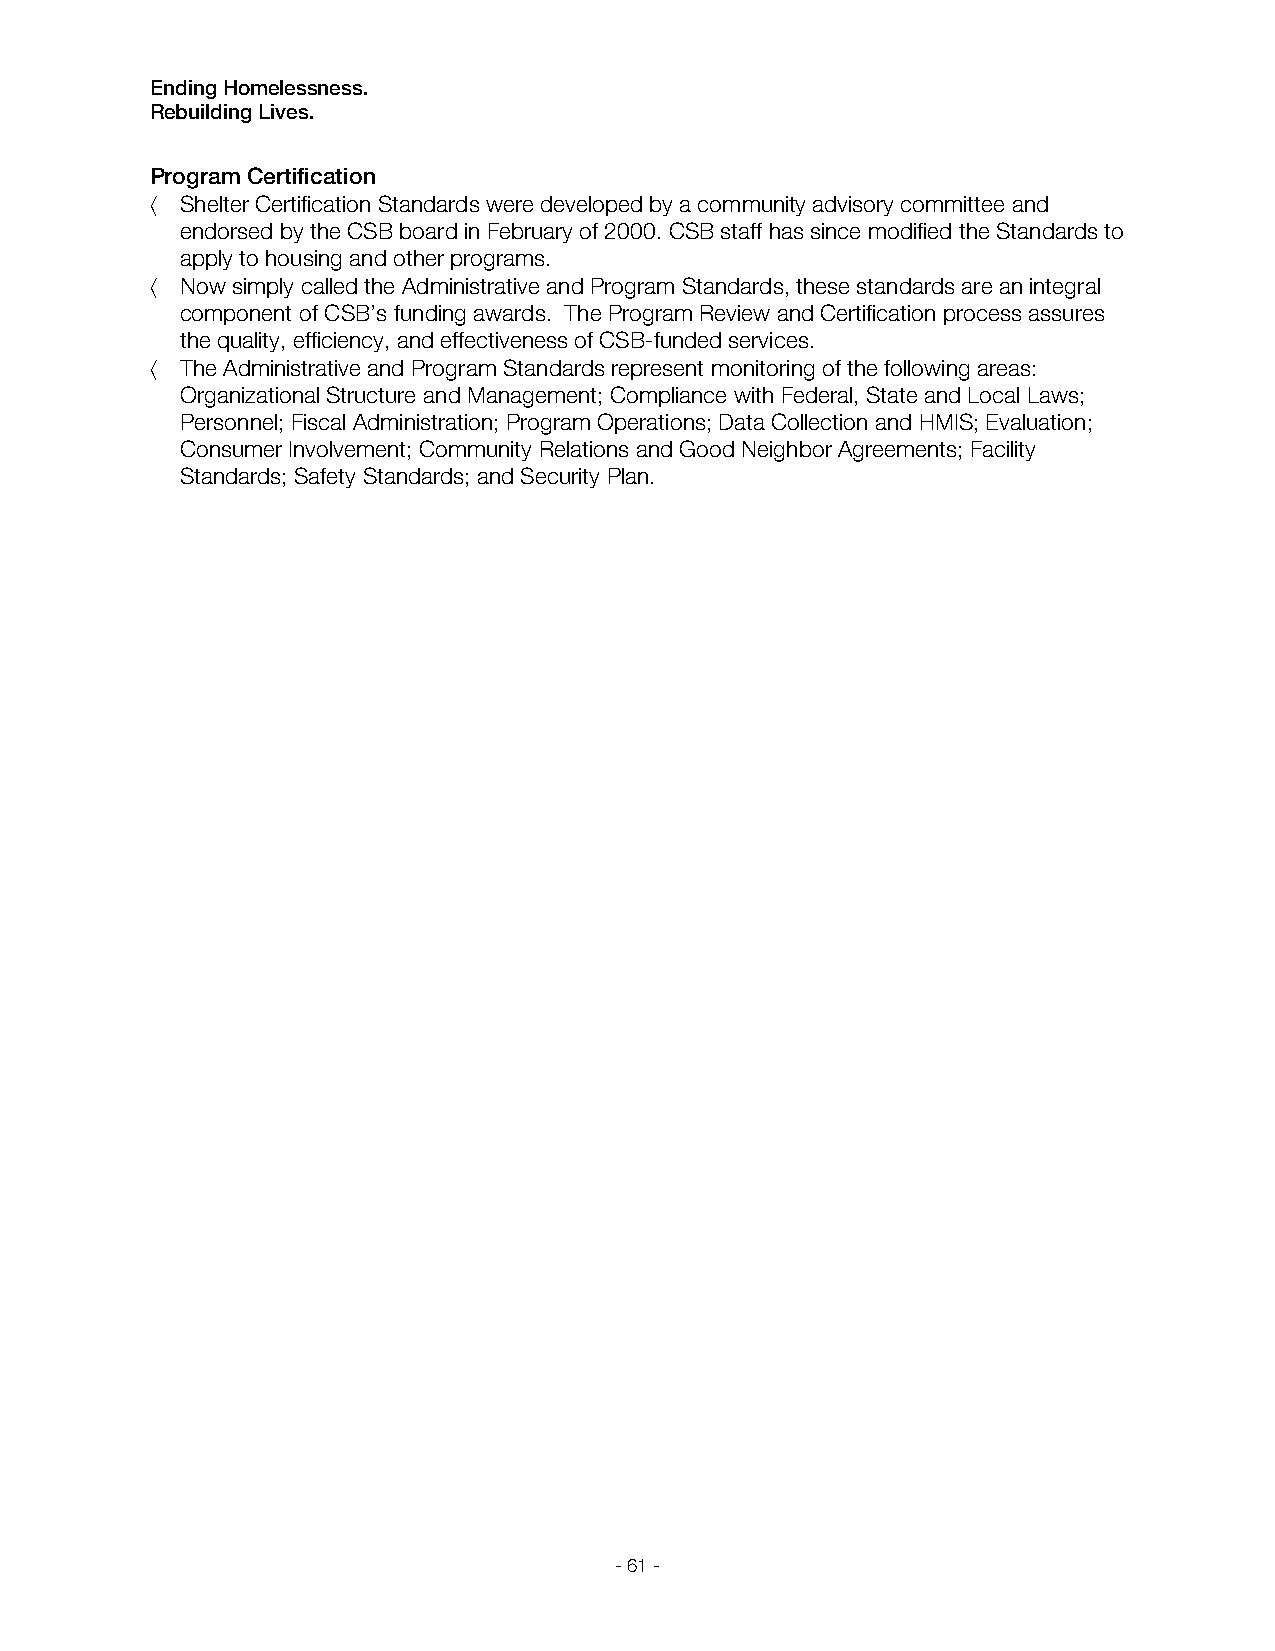
Ending Homelessness.
 Rebuilding Lives.
 Program Certification
  Shelter Certification Standards were developed by a community advisory committee and
 endorsed by the CSB board in February of 2000. CSB staff has since modified the Standards to
 apply to housing and other programs.
  Now simply called the Administrative and Program Standards, these standards are an integral
 component of CSB’s funding awards. The Program Review and Certification process assures
 the quality, efficiency, and effectiveness of CSB-funded services.
  The Administrative and Program Standards represent monitoring of the following areas:
 Organizational Structure and Management; Compliance with Federal, State and Local Laws;
 Personnel; Fiscal Administration; Program Operations; Data Collection and HMIS; Evaluation;
 Consumer Involvement; Community Relations and Good Neighbor Agreements; Facility
 Standards; Safety Standards; and Security Plan.
 - 61 -